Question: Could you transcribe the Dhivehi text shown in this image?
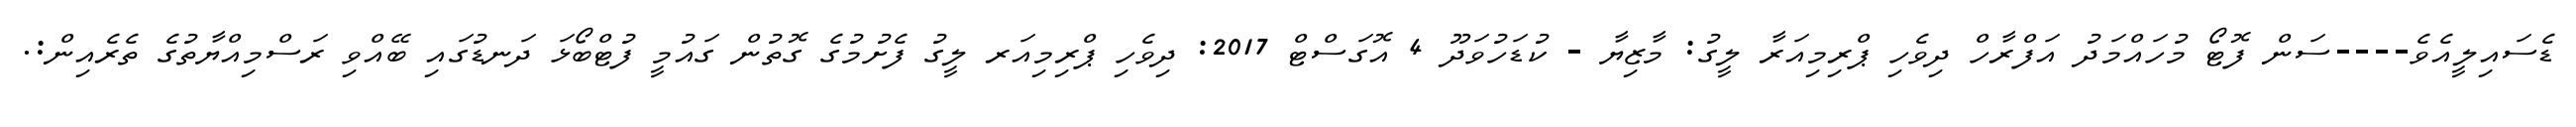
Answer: ޑެސައިލީއެވެ----ސަން ފޮޓޯ މުހައްމަދު އަފްރާހް ދިވެހި ޕްރިމިއަރާ ލީގު: މާޒިޔާ - ކުޑަހުވަދޫ 4 އޮގަސްޓް 2017: ދިވެހި ޕްރިމިއަރ ލީގު ފެށުމުގެ ގޮތުން ގައުމީ ފުޓްބޯޅަ ދަނޑުގައި ބޭއްވި ރަސްމިއްޔާތުގެ ތެރެއިން:.